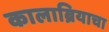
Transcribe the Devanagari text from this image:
कालाब्रियाचा